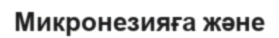
Микронезияға және